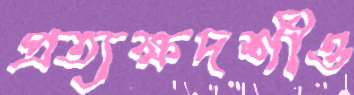
প্রত্যক্ষদর্শীও